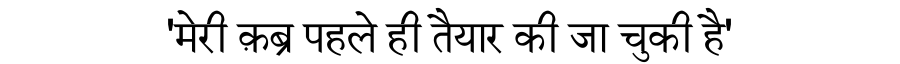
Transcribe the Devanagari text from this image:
'मेरी क़ब्र पहले ही तैयार की जा चुकी है'